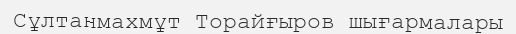
Сұлтанмахмұт Торайғыров шығармалары